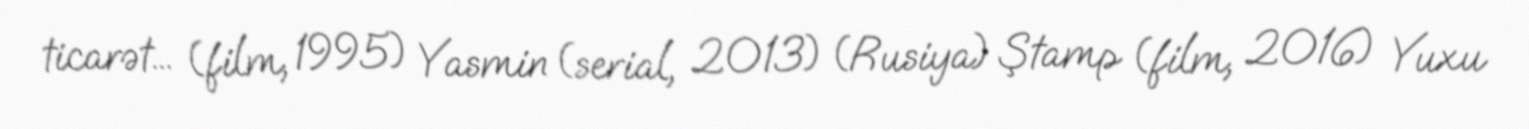
ticarət... (film, 1995) Yasmin (serial, 2013) (Rusiya) Ştamp (film, 2016) Yuxu